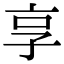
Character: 享